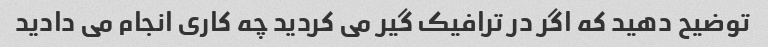
توضیح دهید که اگر در ترافیک گیر می کردید چه کاری انجام می دادید